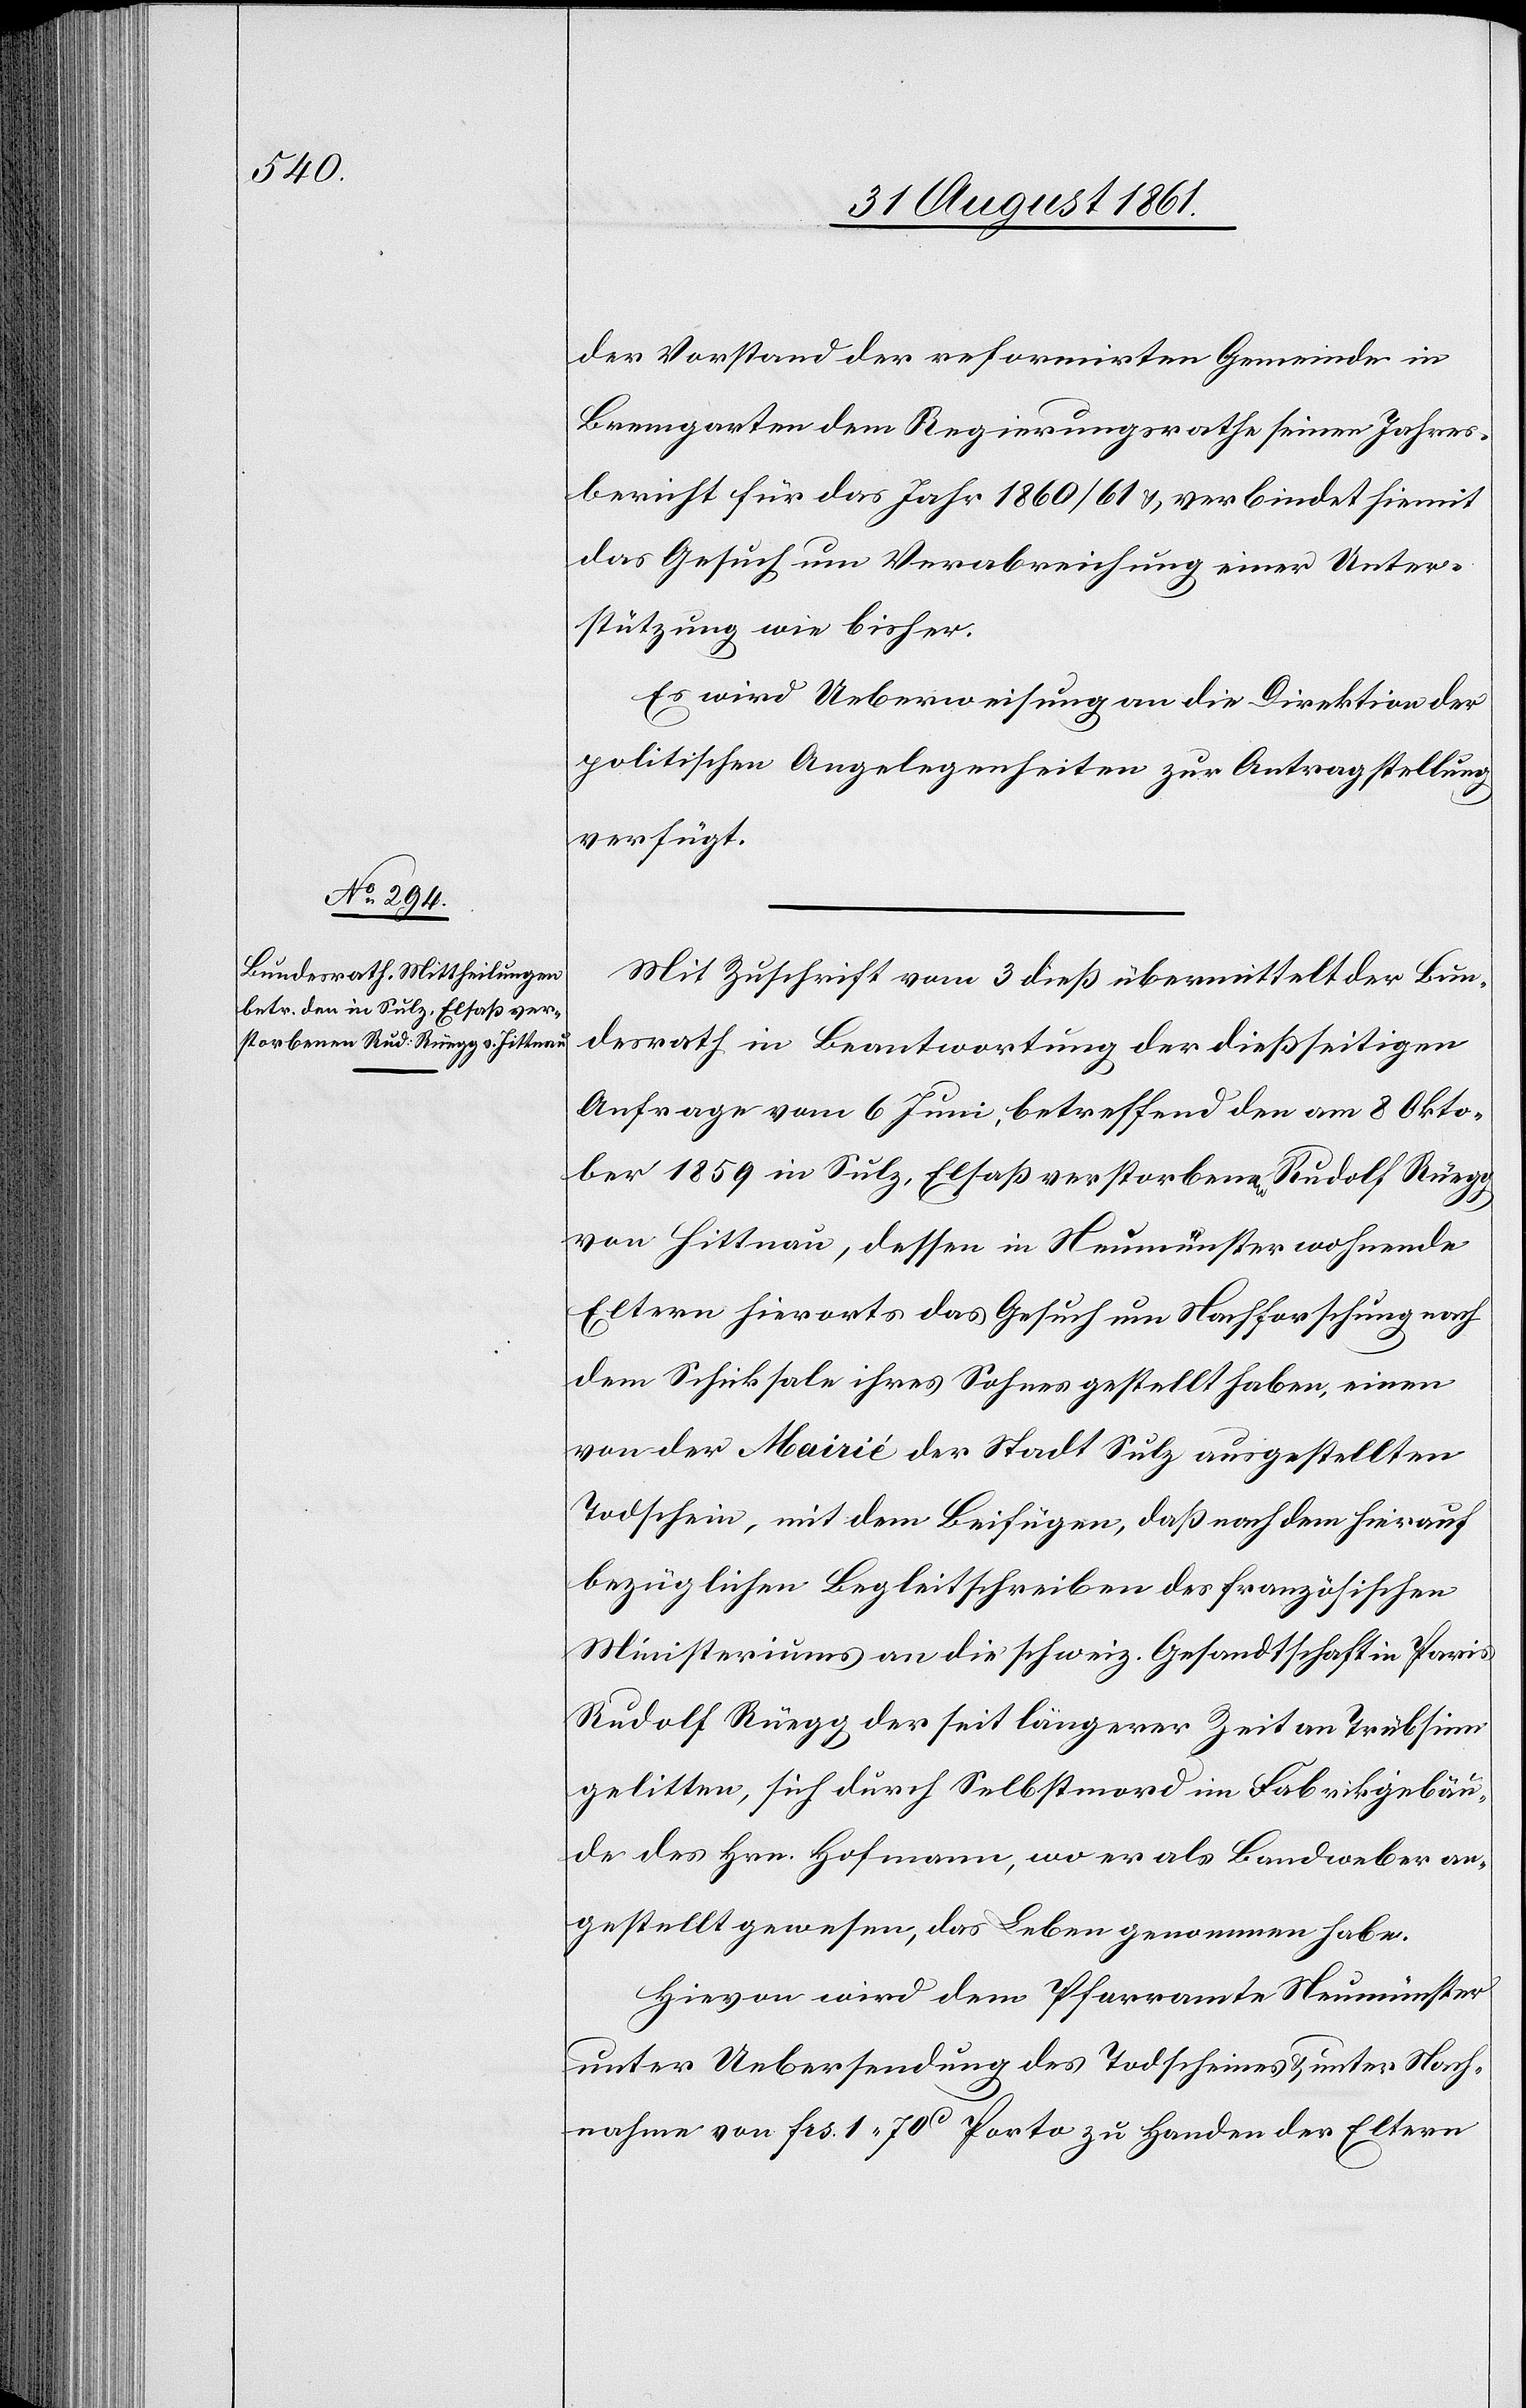
der Vorstand der reformirten Gemeinde in
Bremgarten dem Regierungsrathe seinen Jahres¬
bericht für das Jahr 1860/61 u. verbindet hiemit
das Gesuch um Verabreichung einer Unter¬
stützung wie bisher.
Es wird Ueberweisung an die Direktion der
politischen Angelegenheiten zur Antragstellung
verfügt.
Mit Zuschrift vom 3 dieß übermittelt der Bun¬
desrath in Beantwortung der dießseitigen
Anfrage vom 6 Juni, betreffend den am 8 Okto¬
ber 1859 in Sulz, Elsaß verstorbenen Rudolf Rüegg
von Hittnau, dessen in Neumünster wohnende
Eltern hierorts das Gesuch um Nachforschung nach
dem Schicksale ihres Sohnes gestellt haben, einen
von der Mairié der Stadt Sulz ausgestellten
Todschein, mit dem Beifügen, daß nach dem hierauf
bezüglichen Begleitschreiben des französischen
Ministeriums an die schweiz. Gesandtschaft in Paris
Rudolf Rüegg der seit längerer Zeit an Trübsinn
gelitten, sich durch Selbstmord im Fabrikgebäu¬
de des Hrn. Hofmann, wo er als Bandweber an¬
gestellt gewesen, das Leben genommen habe.
Hievon wird dem Pfarramte Neumünster
unter Uebersendung des Todscheines u. unter Nach¬
nahme von frs 1.70c Porto zu Handen der Eltern